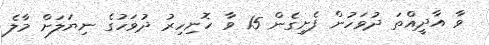
ވާ އާދީއްތަ ދުވަހުން ފެށިގެން 15 ވާ ހޮނިހިރު ދުވަހުގެ ނިޔަލަށް މާލެ